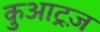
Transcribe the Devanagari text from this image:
कुआट्रज़